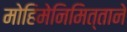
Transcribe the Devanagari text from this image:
मोहिमेनिमित्ताने